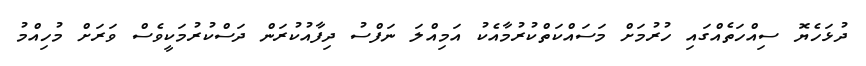
ދުޅަހެޔޮ ސިއްހަތެއްގައި ހުރުމަށް މަސައްކަތްކުރުމާއެކު އަމިއްލަ ނަފްސު ދިފާއުކުރަން ދަސްކުރުމަކީވެސް ވަރަށް މުހިއްމު